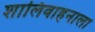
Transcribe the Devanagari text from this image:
शालिवाहनाला